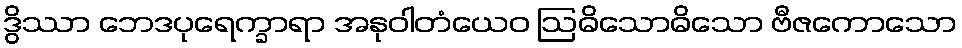
ဒွိဿာ ဘေဒပုရေက္ခာရာ အနုဝါတံယေဝ ဩဓိသောဓိသော ဗီဇကောသော